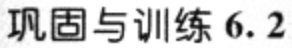
巩固与训练 6.2